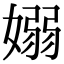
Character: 嫋